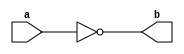
module negate(a, b);
input a;
output b;
assign b=~a;
endmodule